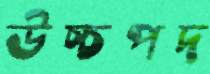
উচ্চপদ